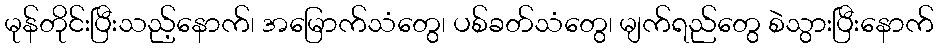
မုန်တိုင်းပြီးသည့်နောက်၊ အမြောက်သံတွေ၊ ပစ်ခတ်သံတွေ၊ မျက်ရည်တွေ စဲသွားပြီးနောက်